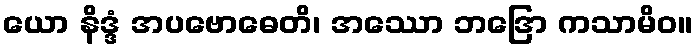
ယော နိဒ္ဒံ အပဗောဓေတိ၊ အဿော ဘဒြော ကသာမိဝ။